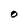
Character: O